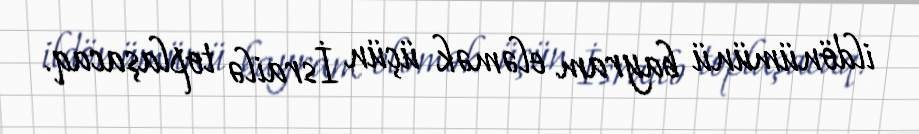
ildönümünü bayram eləmək üçün İsrailə toplaşacaq.